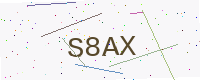
Text: S8AX